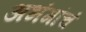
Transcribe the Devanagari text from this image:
अभंगांचं